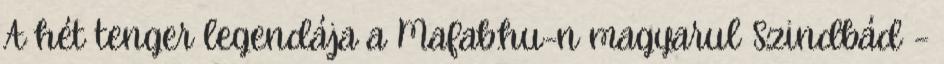
A hét tenger legendája a Mafab.hu-n magyarul Szindbád –